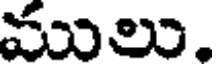
ములు.